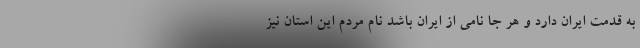
به قدمت ایران دارد و هر جا نامی از ایران باشد نام مردم این استان نیز